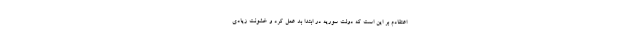
اعتقادم بر این است که دولت سوریه در ابتدا بد عمل کرد و خشونت زیادی